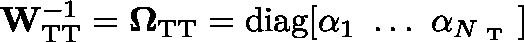
\mathbf { W } _ { \mathrm { T T } } ^ { - 1 } = \mathbf { \Omega } _ { \mathrm { T T } } = \mathrm { d i a g } [ \alpha _ { 1 } \ \dots \ \alpha _ { N _ { \mathrm { ~ T ~ } } } ]